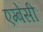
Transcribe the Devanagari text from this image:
एम्‍बेसी